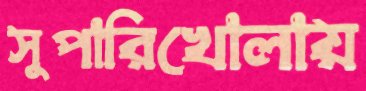
সুপারিখোলায়